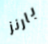
بارنز